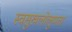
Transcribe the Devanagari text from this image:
स्वसुखलोलुपता